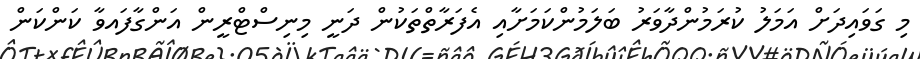
މި ގަވައިދަށް އަމަލު ކުރަމުންދާވަރު ބަލަމުންކަމަށާއި އެފަރާތްތަކުން ދަނީ މިނިސްޓްރީން އަންގާފައވާ ކަންކަން